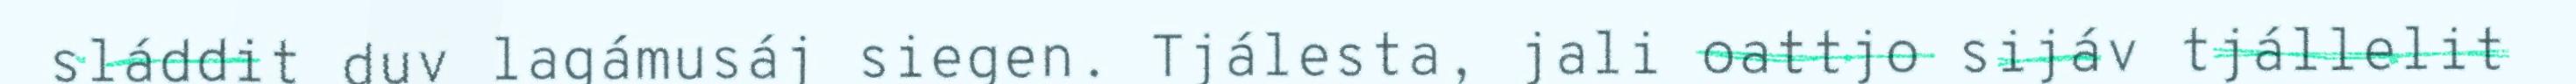
sláddit duv lagámusáj siegen. Tjálesta, jali oattjo sijáv tjállelit